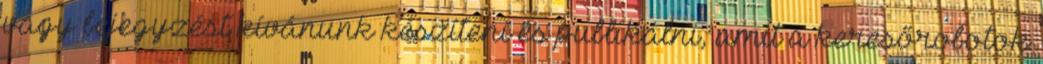
vagy bejegyzést kívánunk készíteni és publikálni, amit a keresőrobotok